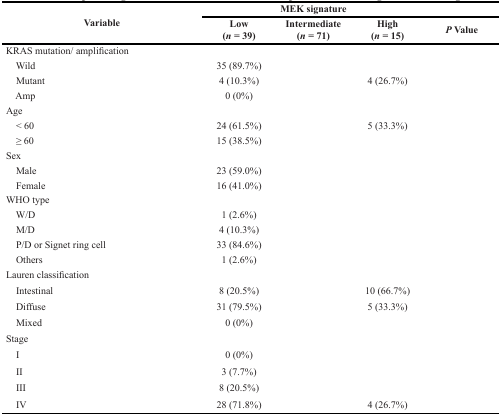
<table><thead><tr><td rowspan="2"><b>Variable</b></td><td colspan="3"><b>MEK signature</b></td><td>[EMPTY_CELL]</td></tr><tr><td><b>Low (<i>n</i> = 39)</b></td><td><b>Intermediate (<i>n</i> = 71)</b></td><td><b>High (<i>n</i> = 15)</b></td><td><b><i>P</i> Value</b></td></tr></thead><tbody><tr><td>KRAS mutation/ amplification</td><td>[EMPTY_CELL]</td><td>[EMPTY_CELL]</td><td>[EMPTY_CELL]</td><td>[EMPTY_CELL]</td></tr><tr><td> Wild</td><td>35 (89.7%)</td><td>[EMPTY_CELL]</td><td>[EMPTY_CELL]</td><td>[EMPTY_CELL]</td></tr><tr><td> Mutant</td><td>4 (10.3%)</td><td>[EMPTY_CELL]</td><td>4 (26.7%)</td><td>[EMPTY_CELL]</td></tr><tr><td> Amp</td><td>0 (0%)</td><td>[EMPTY_CELL]</td><td>[EMPTY_CELL]</td><td>[EMPTY_CELL]</td></tr><tr><td>Age</td><td>[EMPTY_CELL]</td><td>[EMPTY_CELL]</td><td>[EMPTY_CELL]</td><td>[EMPTY_CELL]</td></tr><tr><td> &lt; 60</td><td>24 (61.5%)</td><td>[EMPTY_CELL]</td><td>5 (33.3%)</td><td>[EMPTY_CELL]</td></tr><tr><td> ≥ 60</td><td>15 (38.5%)</td><td>[EMPTY_CELL]</td><td>[EMPTY_CELL]</td><td>[EMPTY_CELL]</td></tr><tr><td>Sex</td><td>[EMPTY_CELL]</td><td>[EMPTY_CELL]</td><td>[EMPTY_CELL]</td><td>[EMPTY_CELL]</td></tr><tr><td> Male</td><td>23 (59.0%)</td><td>[EMPTY_CELL]</td><td>[EMPTY_CELL]</td><td>[EMPTY_CELL]</td></tr><tr><td> Female</td><td>16 (41.0%)</td><td>[EMPTY_CELL]</td><td>[EMPTY_CELL]</td><td>[EMPTY_CELL]</td></tr><tr><td>WHO type</td><td>[EMPTY_CELL]</td><td>[EMPTY_CELL]</td><td>[EMPTY_CELL]</td><td>[EMPTY_CELL]</td></tr><tr><td> W/D</td><td>1 (2.6%)</td><td>[EMPTY_CELL]</td><td>[EMPTY_CELL]</td><td>[EMPTY_CELL]</td></tr><tr><td> M/D</td><td>4 (10.3%)</td><td>[EMPTY_CELL]</td><td>[EMPTY_CELL]</td><td>[EMPTY_CELL]</td></tr><tr><td> P/D or Signet ring cell</td><td>33 (84.6%)</td><td>[EMPTY_CELL]</td><td>[EMPTY_CELL]</td><td>[EMPTY_CELL]</td></tr><tr><td> Others</td><td>1 (2.6%)</td><td>[EMPTY_CELL]</td><td>[EMPTY_CELL]</td><td>[EMPTY_CELL]</td></tr><tr><td> Lauren classification</td><td>[EMPTY_CELL]</td><td>[EMPTY_CELL]</td><td>[EMPTY_CELL]</td><td>[EMPTY_CELL]</td></tr><tr><td> Intestinal</td><td>8 (20.5%)</td><td>[EMPTY_CELL]</td><td>10 (66.7%)</td><td>[EMPTY_CELL]</td></tr><tr><td> Diffuse</td><td>31 (79.5%)</td><td>[EMPTY_CELL]</td><td>5 (33.3%)</td><td>[EMPTY_CELL]</td></tr><tr><td> Mixed</td><td>0 (0%)</td><td>[EMPTY_CELL]</td><td>[EMPTY_CELL]</td><td>[EMPTY_CELL]</td></tr><tr><td>Stage</td><td>[EMPTY_CELL]</td><td>[EMPTY_CELL]</td><td>[EMPTY_CELL]</td><td>[EMPTY_CELL]</td></tr><tr><td> I</td><td>0 (0%)</td><td>[EMPTY_CELL]</td><td>[EMPTY_CELL]</td><td>[EMPTY_CELL]</td></tr><tr><td> II</td><td>3 (7.7%)</td><td>[EMPTY_CELL]</td><td>[EMPTY_CELL]</td><td>[EMPTY_CELL]</td></tr><tr><td> III</td><td>8 (20.5%)</td><td>[EMPTY_CELL]</td><td>[EMPTY_CELL]</td><td>[EMPTY_CELL]</td></tr><tr><td> IV</td><td>28 (71.8%)</td><td>[EMPTY_CELL]</td><td>4 (26.7%)</td><td>[EMPTY_CELL]</td></tr></tbody></table>